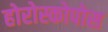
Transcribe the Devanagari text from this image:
होरोस्कोपोस